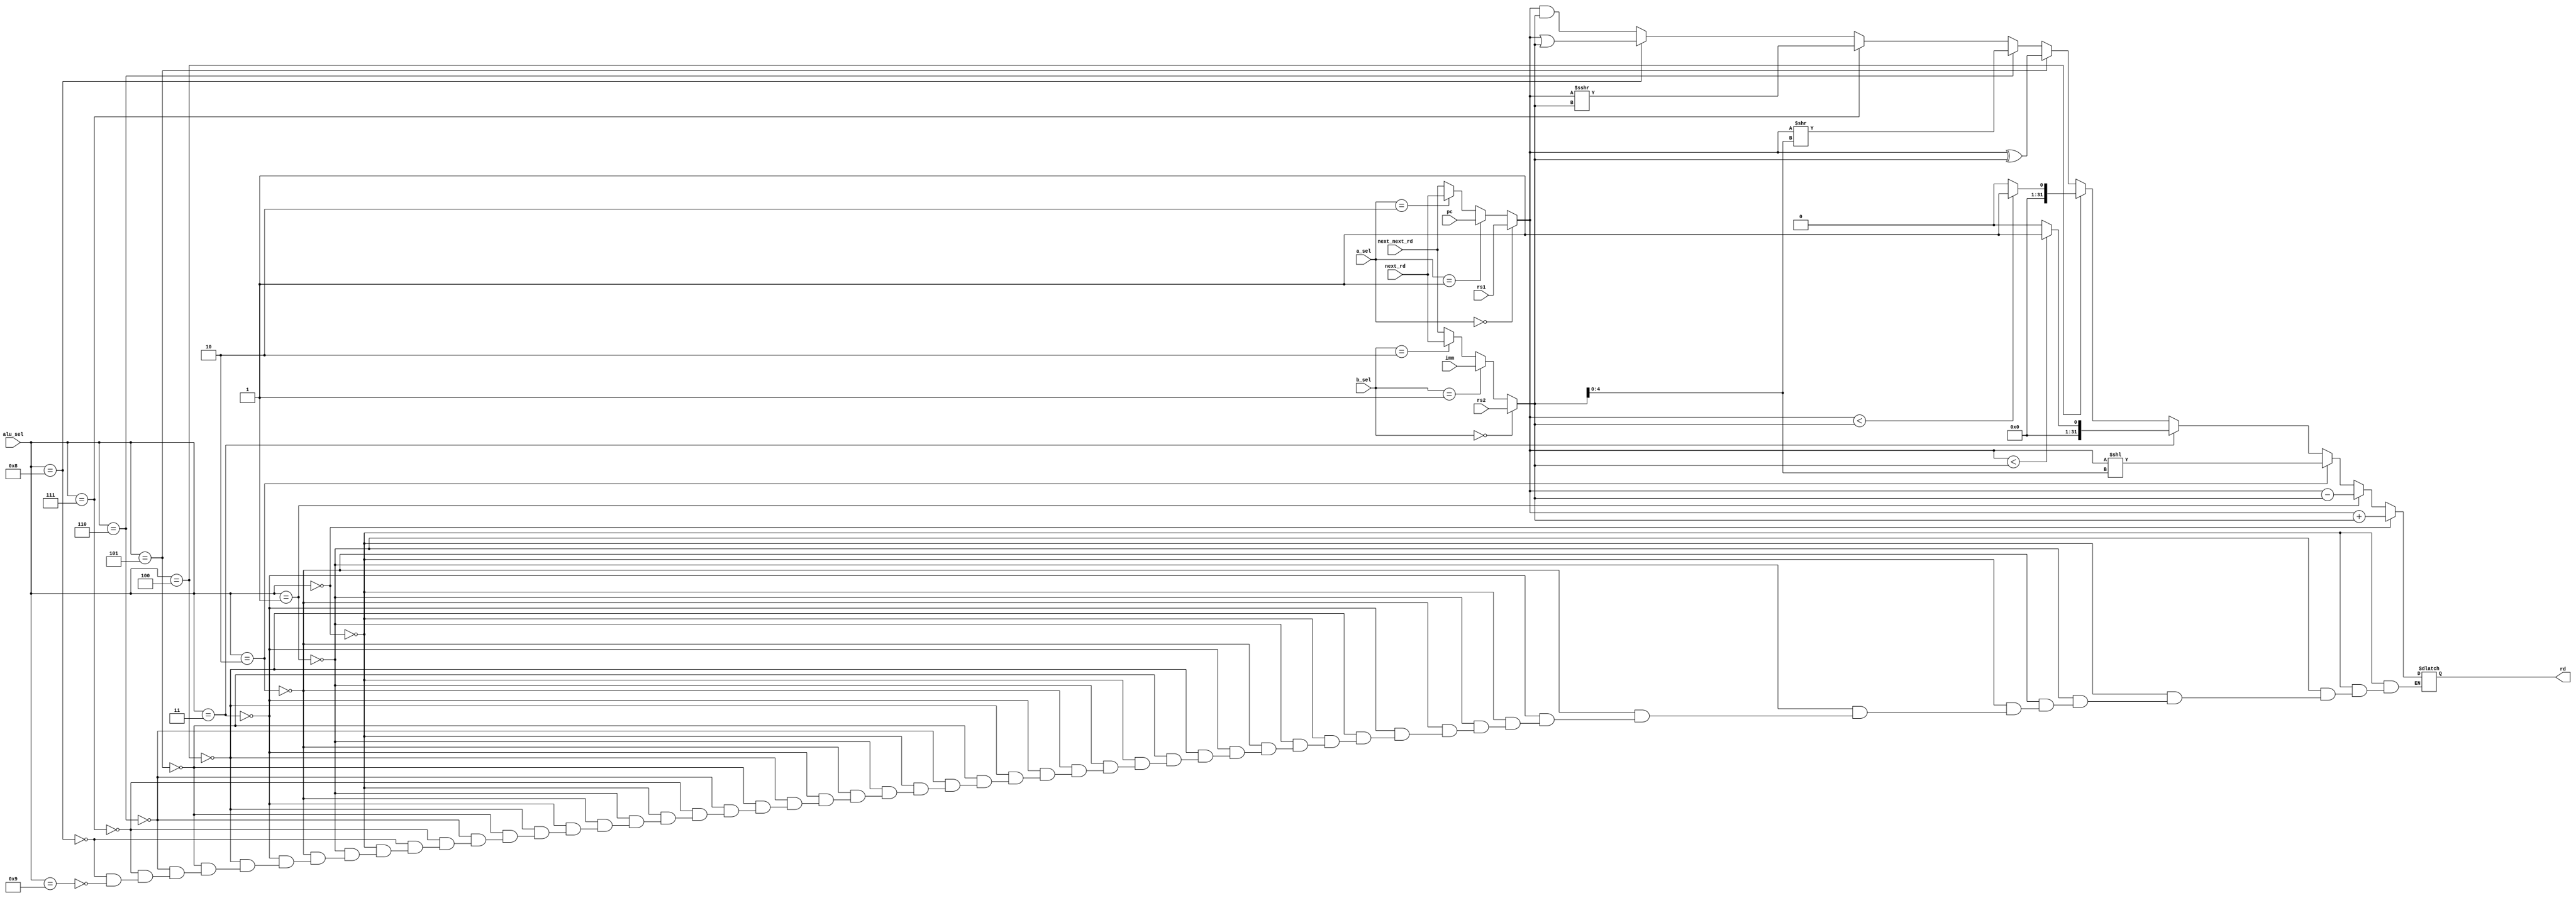
module alu(
	input [31:0] pc,
	input [31:0] rs1,
	input [31:0] rs2,
	input [31:0] imm,
	input [3:0] alu_sel,
	input [1:0] a_sel,
	input [1:0] b_sel,
	input [31:0] next_rd,
	input [31:0] next_next_rd,
	output reg [31:0] rd
);

wire [31:0] in_a, in_b;

initial begin
	rd = 0;
end

assign in_a = (a_sel == 2'b00) ? rs1 : (a_sel == 2'b01) ? pc : (a_sel == 2'b10) ? next_rd : next_next_rd;
assign in_b = (b_sel == 2'b00) ? rs2 : (b_sel == 2'b01) ? imm : (b_sel == 2'b10) ? next_rd : next_next_rd;

always @(*) begin
	if (alu_sel == 4'b0000) begin // add
		rd = in_a + in_b;
	end else  if (alu_sel == 4'b0001) begin // sub
		rd = in_a - in_b;
	end else  if (alu_sel == 4'b0010) begin // sll
		rd = in_a << in_b[4:0];
	end else  if (alu_sel == 4'b0011) begin // slt
		rd = $signed(in_a) < $signed(in_b) ? 1 : 0;
	end else  if (alu_sel == 4'b0100) begin // sltu
		rd = $unsigned(in_a) < $unsigned(in_b) ? 1 : 0;
	end else  if (alu_sel == 4'b0101) begin // xor
		rd = in_a ^ in_b;
	end else  if (alu_sel == 4'b0110) begin // srl
		rd = in_a >> in_b[4:0];
	end else  if (alu_sel == 4'b0111) begin // sra
		rd = $signed(in_a) >>> (in_b);
	end else  if (alu_sel == 4'b1000) begin // or
		rd = in_a | in_b;
	end else  if (alu_sel == 4'b1001) begin // and
		rd = in_a & in_b;
	end
end

endmodule